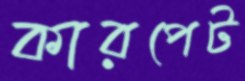
কারপেট